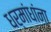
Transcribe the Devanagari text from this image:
धर्मांधांना